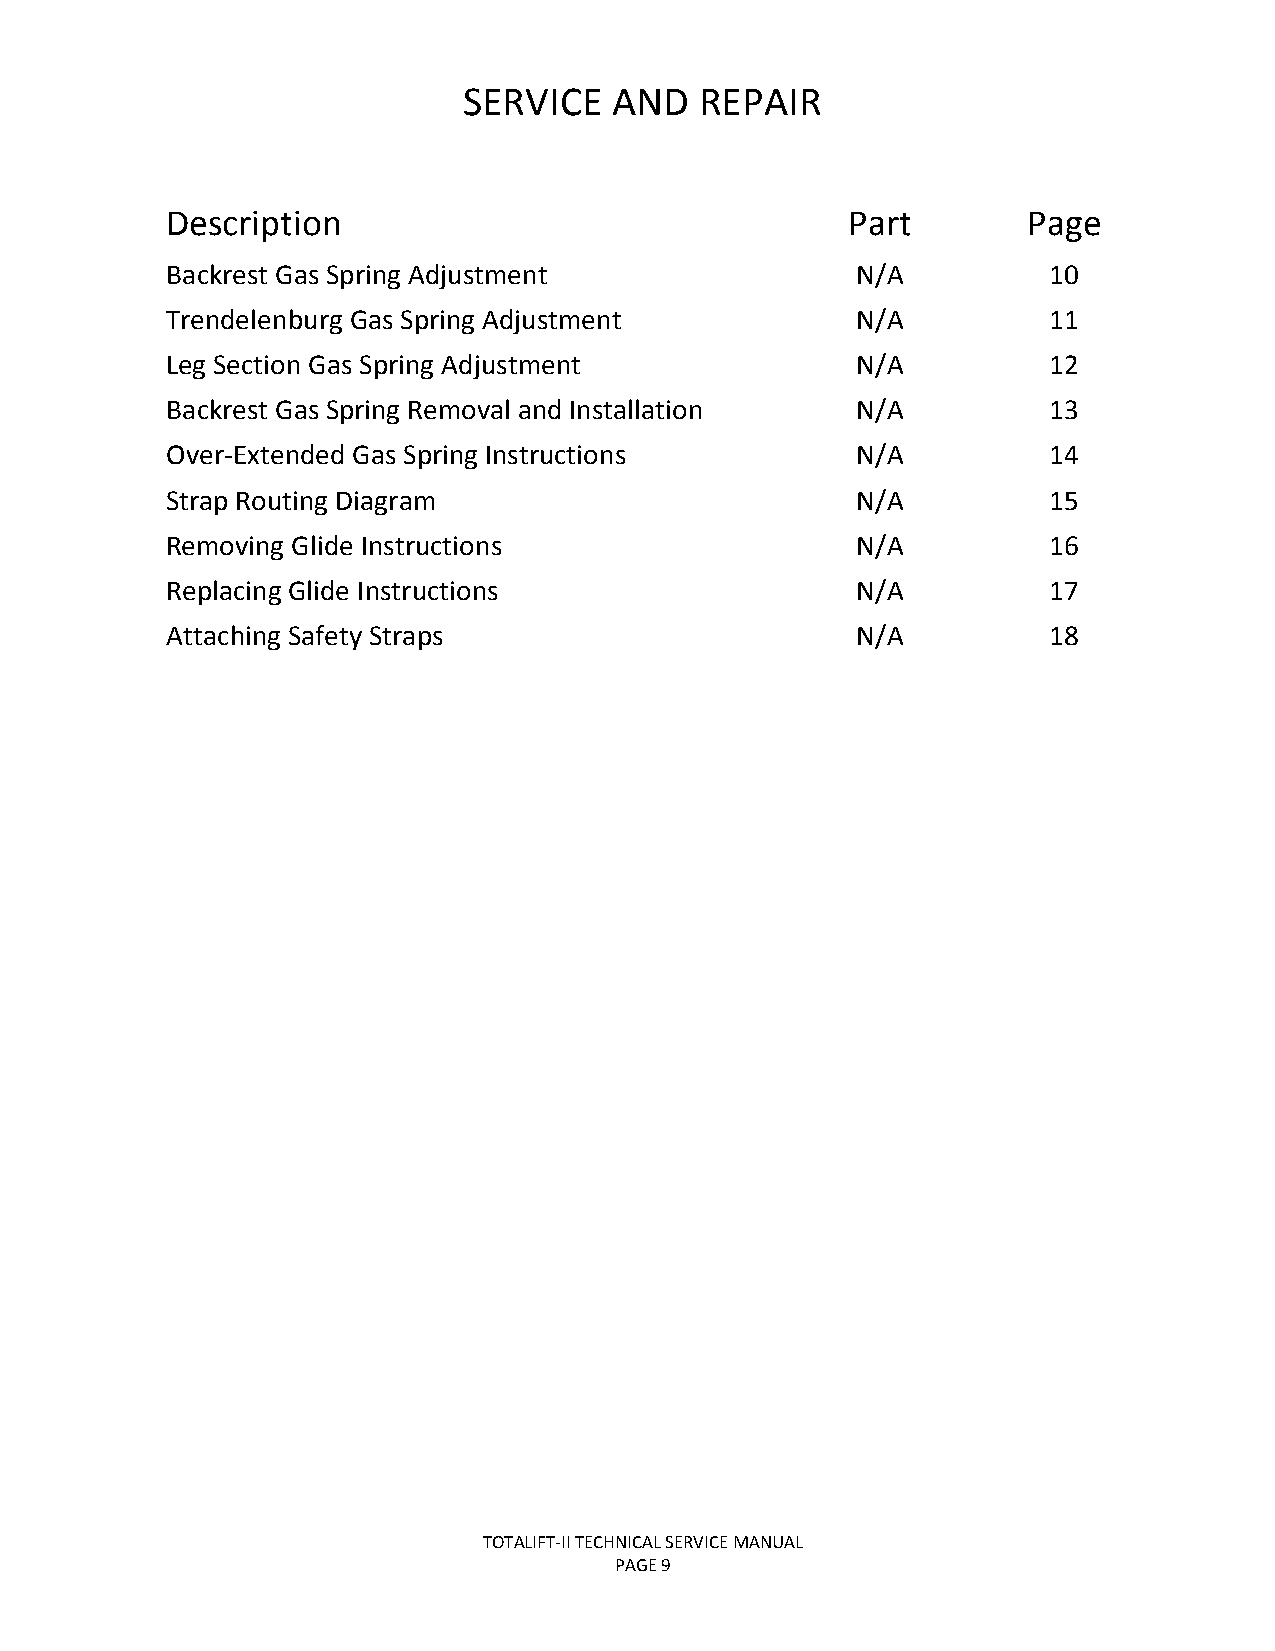
SERVICE   AND  REPAIR
 Description                                  Part        Page
 Backrest Gas Spring Adjustment                N/A         10
 Trendelenburg Gas Spring Adjustment           N/A         11
 Leg Section Gas Spring Adjustment             N/A         12
 Backrest Gas Spring Removal and Installation  N/A         13
 Over-Extended Gas Spring Instructions         N/A         14
 Strap Routing Diagram                         N/A         15
 Removing Glide Instructions                   N/A         16
 Replacing Glide Instructions                  N/A         17
 Attaching Safety Straps                       N/A         18
 TOTALIFT-II TECHNICAL SERVICE MANUAL
 PAGE 9